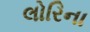
લોરિના